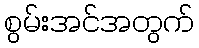
စွမ်းအင်အတွက်